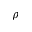
\rho